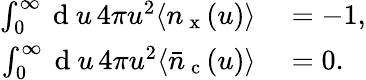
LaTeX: \begin{array}{rl}{\int_{0}^{\infty}\mathrm{~d~}u\, 4\pi u^{2}\langle n_{\mathrm{~x~}}(u)\rangle}&{{}=-1,}\\ {\int_{0}^{\infty}\mathrm{~d~}u\, 4\pi u^{2}\langle\bar{n}_{\mathrm{~c~}}(u)\rangle}&{{}=0.}\end{array}